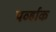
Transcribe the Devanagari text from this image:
पर्व्हाक